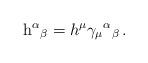
LaTeX: \begin{align*}{\rm h}^{\alpha}{}_{\beta}=h^{\mu}\gamma_{\mu}{}^{\alpha}{}_{\beta}\,.\end{align*}